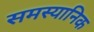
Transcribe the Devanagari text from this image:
समस्यानिक